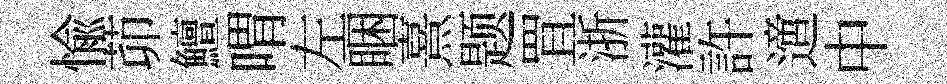
愉茆鱣喟左睏熹题罝浙灌許𨗁中